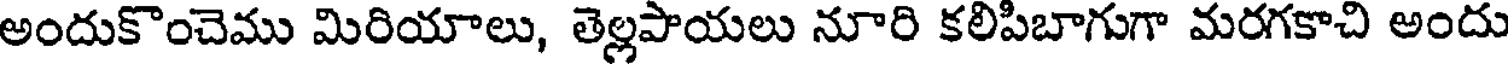
అందుకొంచెము మిరియాలు, తెల్లపాయలు నూరి కలిపిబాగుగా మరగకాచి అందు